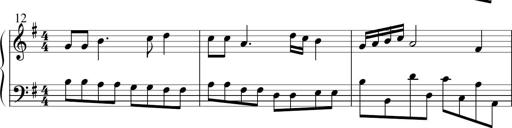
Title: Sonatine No.1 in E minor
Composer: Klaus Jung
Key: E minor